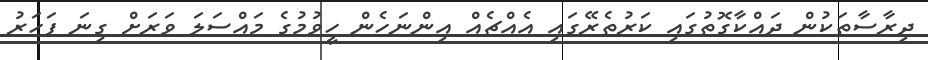
ދިރާސާތަކުން ދައްކާގޮތުގައި ކަރުތެރޭގައި އެއްޗެއް އިންނަހެން ހީވުމުގެ މައްސަލަ ވަރަށް ގިނަ ފަހަރު